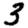
Digit: 3